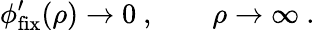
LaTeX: \phi_{\mathrm{fix}}^{\prime}(\rho)\rightarrow 0\ ,\qquad\rho\rightarrow\infty\ .